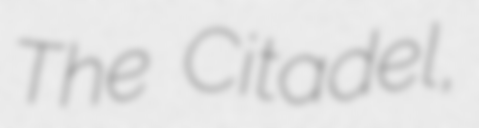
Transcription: The Citadel,